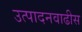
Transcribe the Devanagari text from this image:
उत्पादनवाढीस